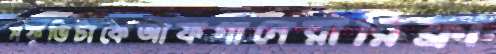
মফুভিটাকেআফগানেরারিফ্রা